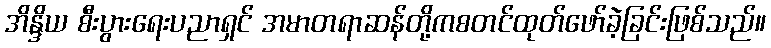
အိန္ဒိယ စီးပွားရေးပညာရှင် အမာတရာဆန်တို့ကစတင်ထုတ်ဖော်ခဲ့ခြင်းဖြစ်သည်။